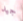
جيد